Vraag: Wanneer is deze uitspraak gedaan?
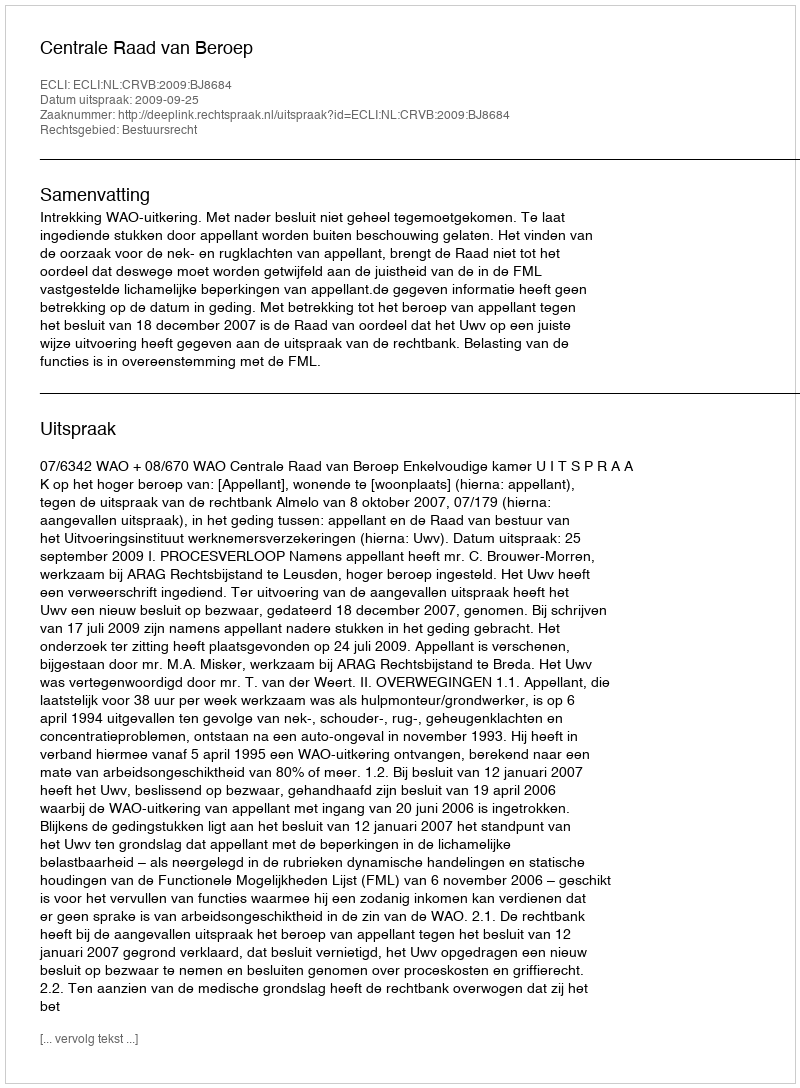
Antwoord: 2009-09-25